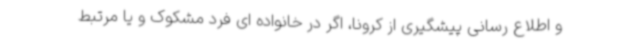
و اطلاع رسانی پیشگیری از کرونا، اگر در خانواده ای فرد مشکوک و یا مرتبط